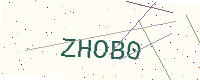
Text: ZHOB0